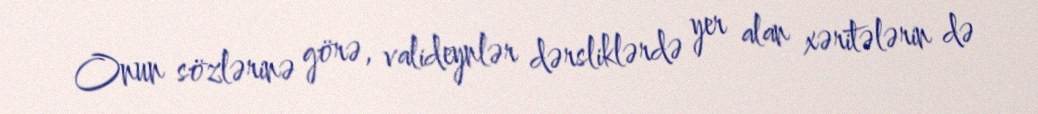
Onun sözlərinə görə, valideynlər dərsliklərdə yer alan xəritələrin də